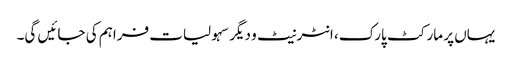
یہاں پر مارکٹ پارک، انٹرنیٹ و دیگر سہولیات فراہم کی جائیں گی۔